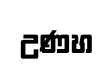
උණහ